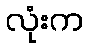
လုံးက